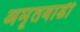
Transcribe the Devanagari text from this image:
अमृतवाडी